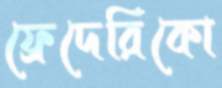
ফ্রেদেরিকো